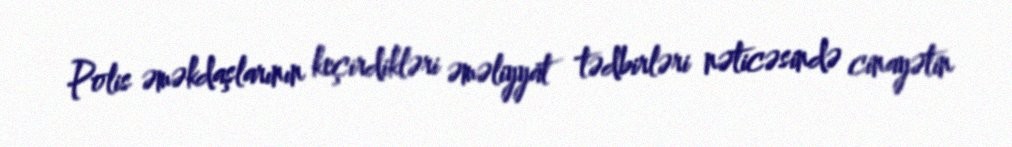
Polis əməkdaşlarının keçirdikləri əməliyyat tədbirləri nəticəsində cinayətin